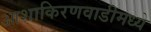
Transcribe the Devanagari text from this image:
आशाकिरणवाडीमध्ये